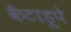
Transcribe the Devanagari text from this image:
कैटाडूपे